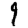
Digit: 9